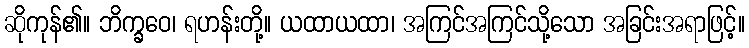
ဆိုကုန်၏။ ဘိက္ခဝေ၊ ရဟန်းတို့။ ယထာယထာ၊ အကြင်အကြင်သို့သော အခြင်းအရာဖြင့်။